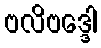
ဗလိဗဒ္ဒေါ